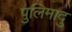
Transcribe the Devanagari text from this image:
पुलिमादु